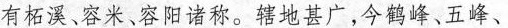
有柘溪、容米、容阳诸称。辖地甚广，今鹤峰、五峰、